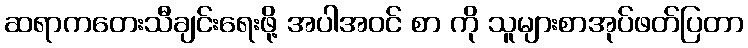
ဆရာကတေးသီချင်းရေးဖို့ အပါအဝင် စာ ကို သူများစာအုပ်ဖတ်ပြတာ